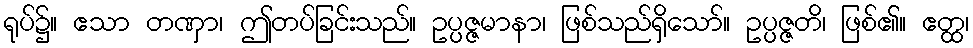
ရုပ်၌။ ဧသာ တဏှာ၊ ဤတပ်ခြင်းသည်။ ဥပ္ပဇ္ဇမာနာ၊ ဖြစ်သည်ရှိသော်။ ဥပ္ပဇ္ဇတိ၊ ဖြစ်၏။ ဧတ္ထ၊